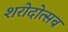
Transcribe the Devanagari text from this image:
शरोदोत्सब